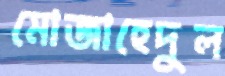
মোজাহেদুল